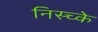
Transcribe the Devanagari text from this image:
निस्च्के